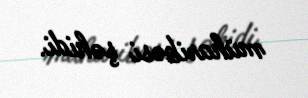
müharibəsi şəhidi.